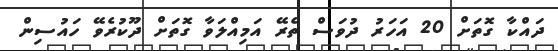
ދައްކާ ގޮތަށް 20 އަހަރު ދުވަސް ތެރޭ އަމިއްލަވާ ގޮތަށް ދޫކުރެވޭ ހައުސިން